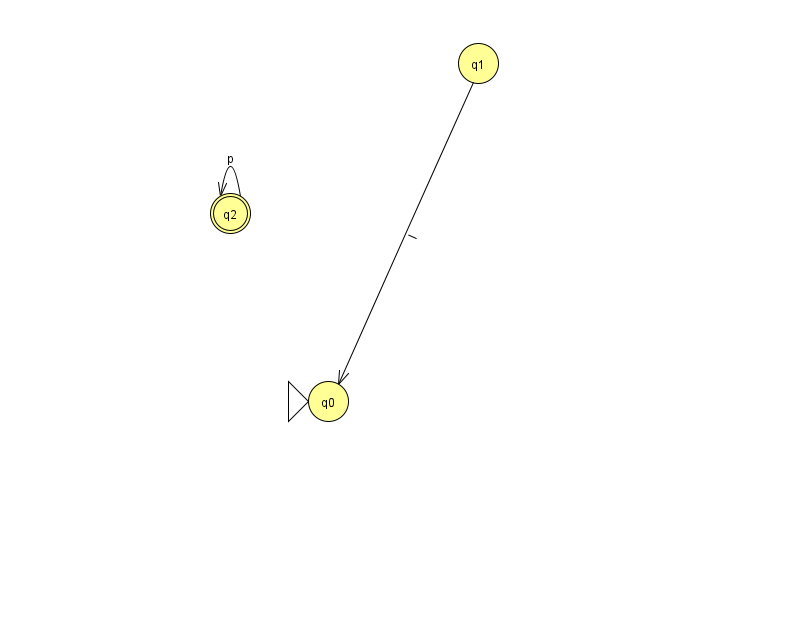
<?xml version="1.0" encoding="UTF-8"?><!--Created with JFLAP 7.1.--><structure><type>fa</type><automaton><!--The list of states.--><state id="0" name="q0"><x>328.0</x><y>388.0</y><initial/></state><state id="1" name="q1"><x>478.0</x><y>50.0</y></state><state id="2" name="q2"><x>230.0</x><y>200.0</y><final/></state><!--The list of transitions.--><transition><from>2</from><to>2</to><read>p</read></transition><transition><from>1</from><to>0</to><read>l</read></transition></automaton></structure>